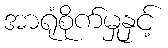
အာရုံစိုက်မှုနှင့်